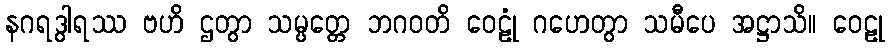
နဂရဒွါရဿ ဗဟိ ဌတွာ သမ္ပတ္တေ ဘဂဝတိ ဝေဠုံ ဂဟေတွာ သမီပေ အဋ္ဌာသိ။ ဝေဠု